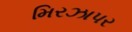
મિરઝાપર